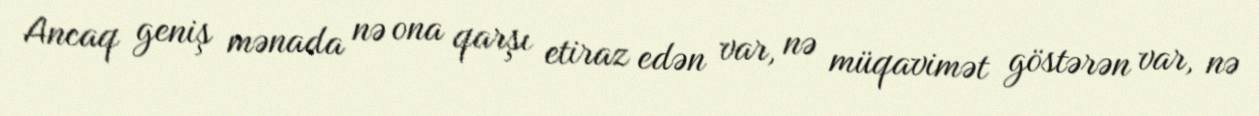
Ancaq geniş mənada nə ona qarşı etiraz edən var, nə müqavimət göstərən var, nə